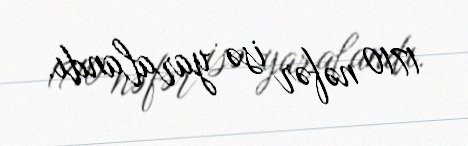
1710 nəfər isə yaralandı.